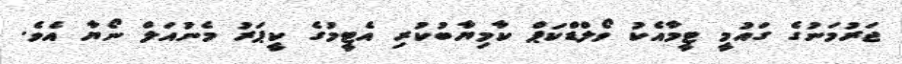
ޖަރުމަނުގެ ގައުމީ ޓީމާއެކު ވޯލްޑްކަޕް ކާމިޔާބުކުރި އެޓީމުގެ ކީޕަރު މެނުއަލް ނޯޔާ އެވެ.